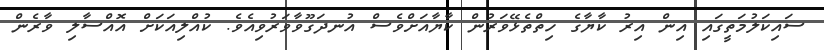
ސައިކަލުމަތީގައި އިން އިރު ކާޔާގެ ހިތްތެޅޭވަރުން ކާޔާއަށްވެސް އުނދަގޫވާވަރުވިއެވެ. ކުއްލިއަކަށް އޮއްސާލި ވާރެން